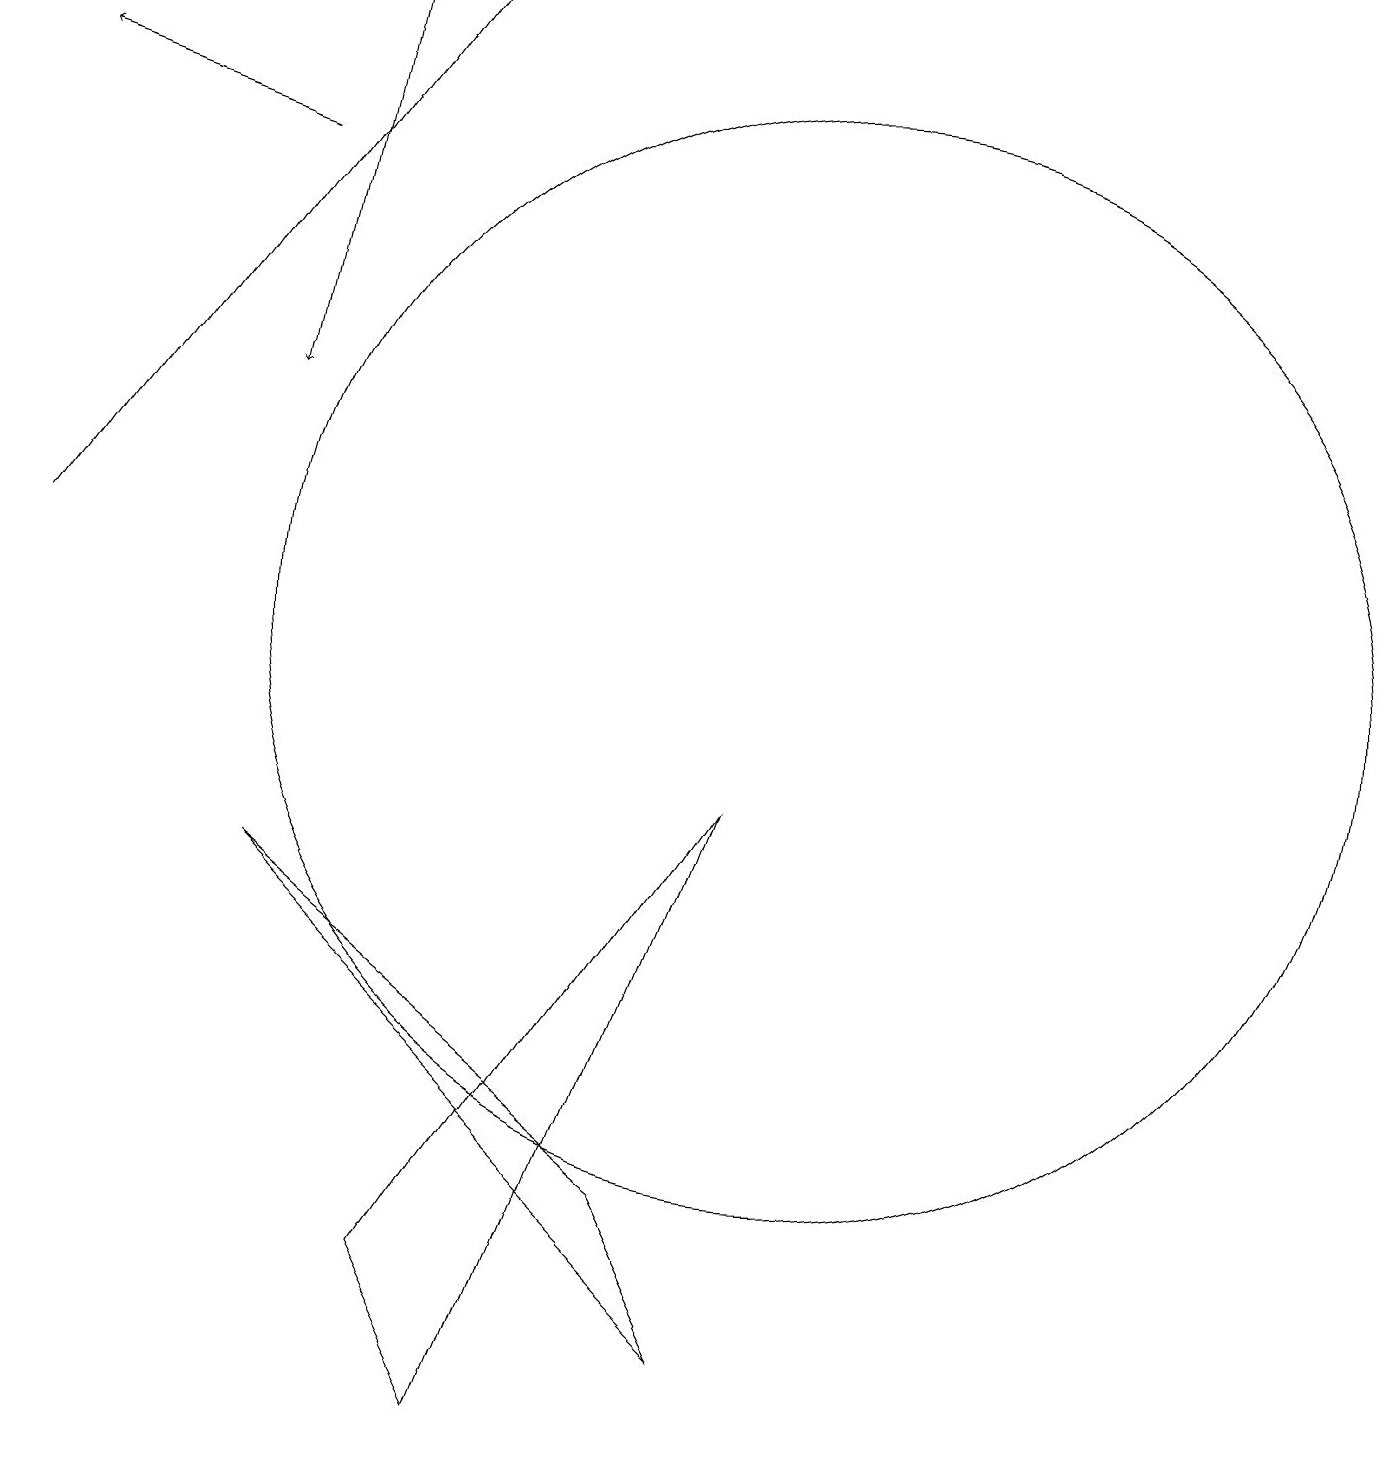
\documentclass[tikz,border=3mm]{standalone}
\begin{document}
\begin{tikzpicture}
\draw (5,3) -- (9,9) -- (6,1) -- cycle;
\draw[->] (0,12) -- (5,19);
\draw[->] (3,17) -- (0,18);
\draw (10,11) circle (7);
\draw (3,8) -- (8,4) -- (9,2) -- cycle;
\draw[->] (4,19) -- (3,14);
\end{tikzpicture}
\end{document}